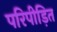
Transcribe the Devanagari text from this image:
परिपीड़ित